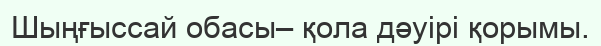
Шыңғыссай обасы– қола дәуірі қорымы.